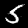
Label: 5